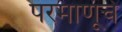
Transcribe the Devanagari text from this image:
परमाणूंचे